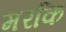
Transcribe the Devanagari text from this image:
मरकि